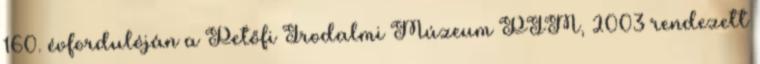
160. évfordulóján a Petőfi Irodalmi Múzeum PIM, 2003 rendezett